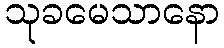
သုခမေသာနော